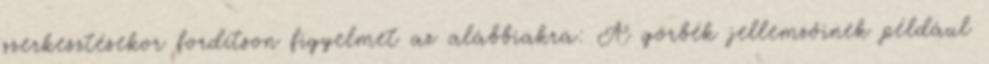
szerkesztésekor fordítson figyelmet az alábbiakra: A görbék jellemzőinek például